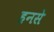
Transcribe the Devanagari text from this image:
हनसे